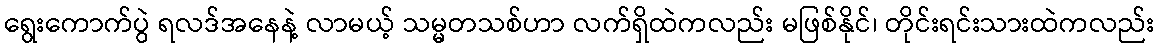
ရွေးကောက်ပွဲ ရလဒ်အနေနဲ့ လာမယ့် သမ္မတသစ်ဟာ လက်ရှိထဲကလည်း မဖြစ်နိုင်၊ တိုင်းရင်းသားထဲကလည်း